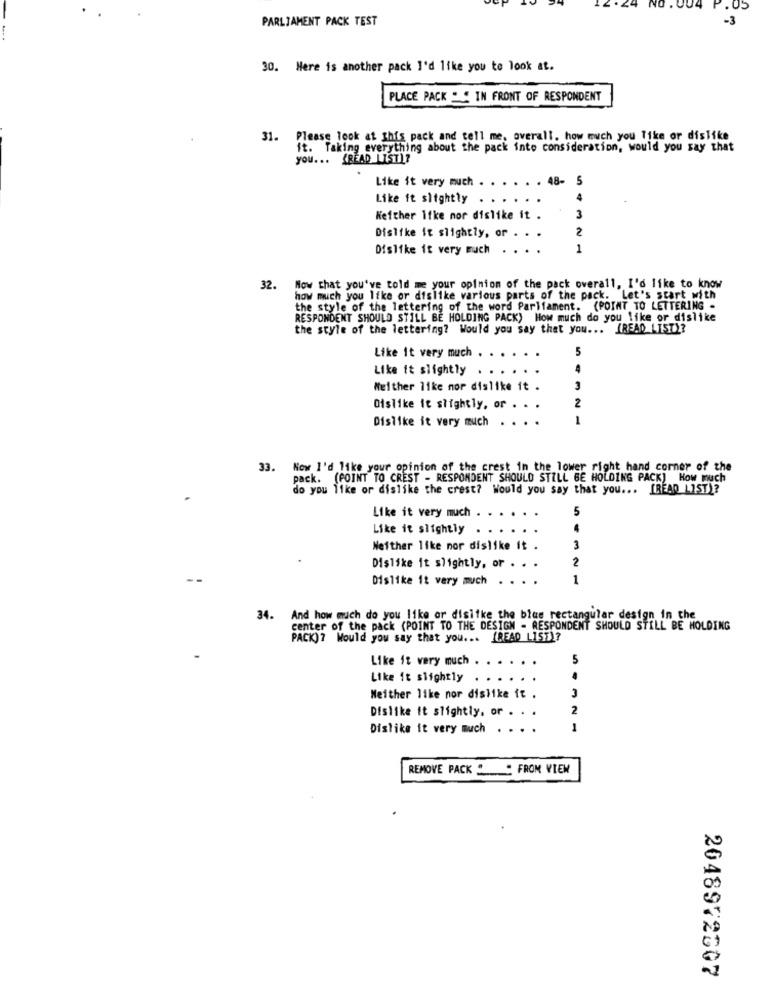
PARLIAMENT PACK TEST
-3
30. Here is another pack I'd like you to look at.
PLACE PACK " " IN FRONT OF RESPONDENT
31. Please look at this pack and tell me, overall. how much you like or dislike
it. Taking everything about the pack into consideration, would you say that
you ... (READ_LIST)?
Like it very much
48-
5
Like ft slightly
Neither Itke mor dislike it .
3
2
Dislike it slightly, or . .
Dislike it very much
1
32.
Now that you've told me your opinion of the pack overall, I'd like to know
how much you like or dislike various parts of the pack. Let's start with
the style of the lettering of the word Parliament. (POINT TO LETTERING -
RESPONDENT SHOULD STILL BE HOLDING PACK) How much do you like or dislike
the style of the lettering? Would you say that you ... (READ LIST)?
Like it very much
Like it slightly
Neither like mor dislike it .
3
Oislike it slightly, or . . .
2
Dislike it very much
33.
Now I'd like your opinion of the crest in the lower right hand corner of the
pack. (POINT TO CREST - RESPONDENT SHOULD STILL BE HOLDING PACK) How much
do you like or dislike the crest? Would you say that you ... [READ LIST)?
Like it very much
Like it slightly
Neither like nor dislike it .
3
2
Dislike it slightly, or .
--
Dislike it very much
1
34.
And how much do you like or dislike the blue rectangular design in the
center of the pack (POINT TO THE DESIGN - RESPONDENT SHOULD STILL BE HOLDING
PACK)? Would you say that you ... (READ LIST)?
Like it very much
5
Like it slightly
. . .
Neither like nor dislike it .
Dislike it slightly, or .
2
Dislike it very much
1
REMOVE PACK " FROM VIEW
2048972607